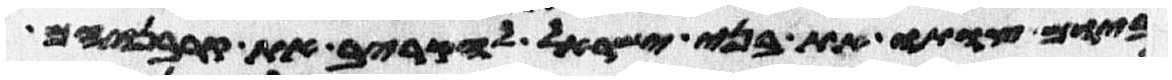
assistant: ביום צותו את בני ישראל להקריב את קרבניהם